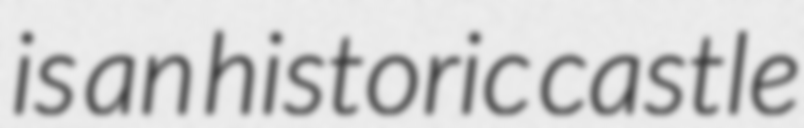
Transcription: is an historic castle